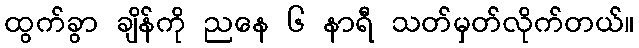
ထွက်ခွာ ချိန်ကို ညနေ ၆ နာရီ သတ်မှတ်လိုက်တယ်။